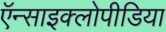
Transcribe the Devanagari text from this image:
ऍन्साइक्लोपीडिया